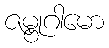
ဇမ္ဗုဂါမော